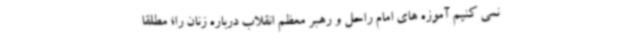
نمی کنیم آموزه های امام راحل و رهبر معظم انقلاب درباره زنان را؛ مطلقا